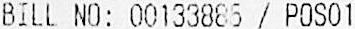
BILL NO: 00133886 / POS01